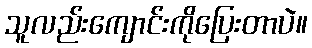
သူလည်းကျောင်းကိုပြေးတာပဲ။